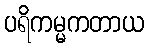
ပရိကမ္မကတာယ